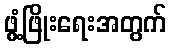
ဖွံ့ဖြိုးရေးအတွက်